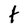
Character: t